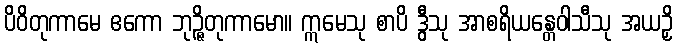
ပိဝိတုကာမေ ဧကော ဘုဉ္ဇိတုကာမော။ ဣမေသု စာပိ ဒွီသု အာစရိယန္တေဝါသီသု အယဉှိ